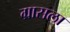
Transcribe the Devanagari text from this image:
ग्रासला